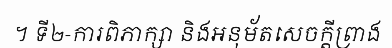
។ ទី២-ការពិភាក្សា និងអនុម័តសេចក្តីព្រាង